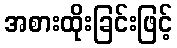
အစားထိုးခြင်းဖြင့်